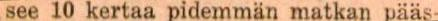
see 10 kertaa pidemmän matkan pääs-